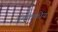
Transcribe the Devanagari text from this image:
चुंबककीय